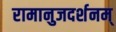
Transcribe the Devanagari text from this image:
रामानुजदर्शनम्